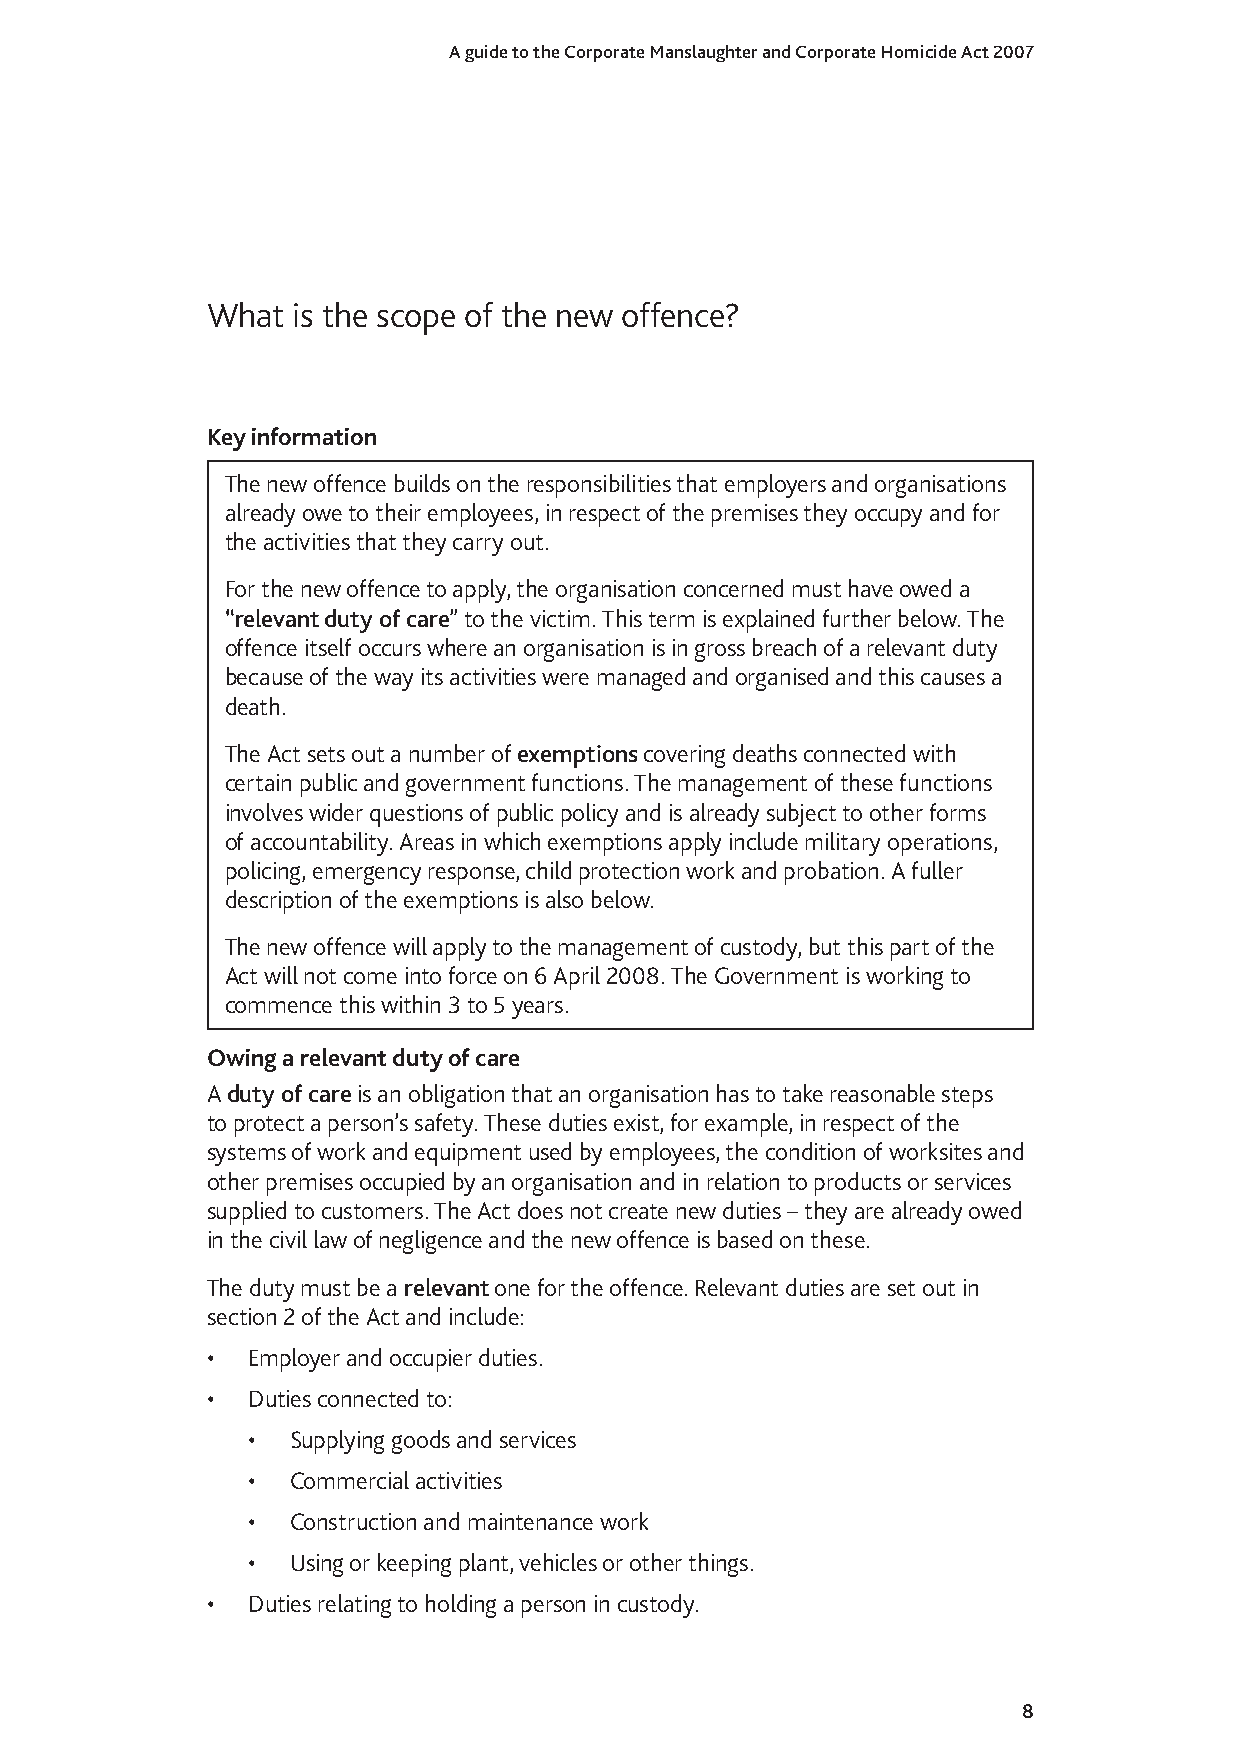
A guide to the Corporate Manslaughter and Corporate Homicide Act 2007
 What is the scope of the new offence?
 Key information
 The new offence builds on the responsibilities that employers and organisations
 already owe to their employees, in respect of the premises they occupy and for
 the activities that they carry out.
 For the new offence to apply, the organisation concerned must have owed a
 “relevant duty of care” to the victim. This term is explained further below. The
 offence itself occurs where an organisation is in gross breach of a relevant duty
 because of the way its activities were managed and organised and this causes a
 death.
 The Act sets out a number of exemptions covering deaths connected with
 certain public and government functions. The management of these functions
 involves wider questions of public policy and is already subject to other forms
 of accountability. Areas in which exemptions apply include military operations,
 policing, emergency response, child protection work and probation. A fuller
 description of the exemptions is also below.
 The new offence will apply to the management of custody, but this part of the
 Act will not come into force on 6 April 2008. The Government is working to
 commence this within 3 to 5 years.
 Owing a relevant duty of care
 A duty of care is an obligation that an organisation has to take reasonable steps
 to protect a person’s safety. These duties exist, for example, in respect of the
 systems of work and equipment used by employees, the condition of worksites and
 other premises occupied by an organisation and in relation to products or services
 supplied to customers. The Act does not create new duties – they are already owed
 in the civil law of negligence and the new offence is based on these.
 The duty must be a relevant one for the offence. Relevant duties are set out in
 section 2 of the Act and include:
 • Employer and occupier duties.
 • Duties connected to:
 •  Supplying goods and services
 •  Commercial activities
 •  Construction and maintenance work
 •  Using or keeping plant, vehicles or other things.
 • Duties relating to holding a person in custody.
 